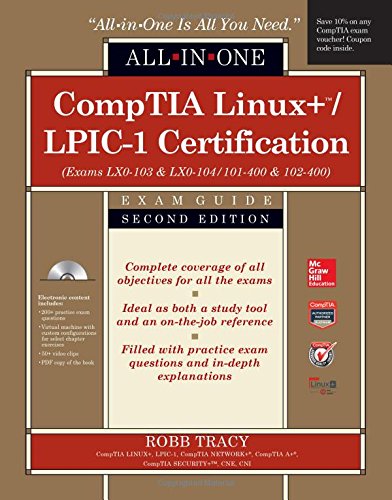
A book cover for CompTIA Linux+/LPIC-1 Certification All-in-One Exam Guide, Second Edition (Exams LX0-103 & LX0-104/101-400 & 102-400); Robb Tracy; Computers & Technology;